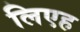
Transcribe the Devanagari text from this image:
लिएह